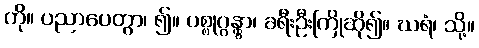
ကို။ ပညာပေတွာ၊ ၍။ ပစ္စုဂ္ဂန္တွာ၊ ခရီးဦးကြိုဆို၍။ ဃရံ၊ သို့။